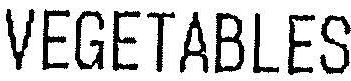
VEGETABLES